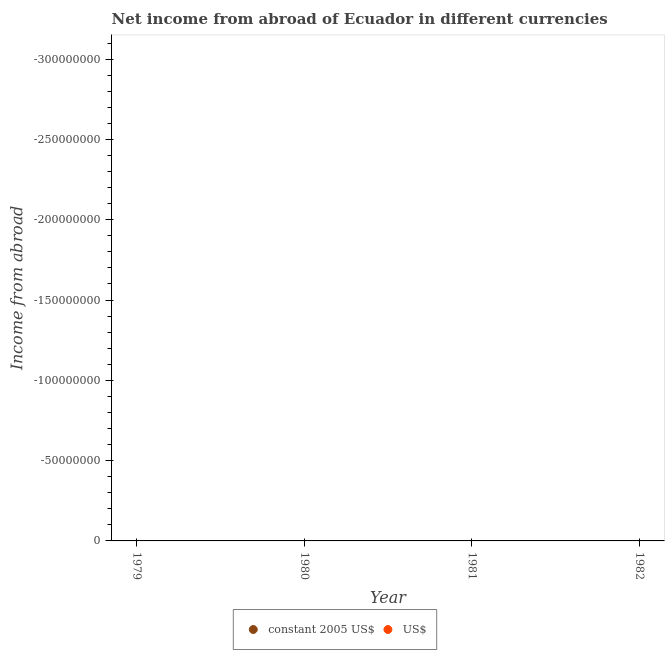
| Year | constant 2005 US$ | US$ |
 | --- | --- | --- |
 | 1979 | -3.37e+08 | -3.38e+08 |
 | 1980 | -4.24e+08 | -4.24e+08 |
 | 1981 | -5.89e+08 | -5.9e+08 |
 | 1982 | -7.83e+08 | -7.84e+08 |